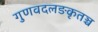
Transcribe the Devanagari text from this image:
गुणवदलङकृतञ्च